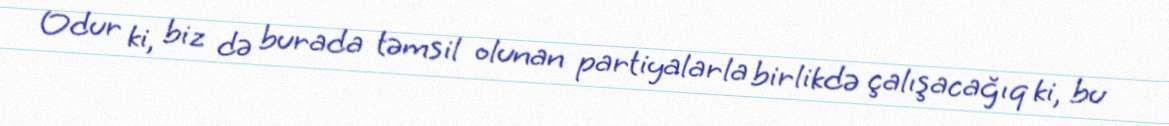
Odur ki, biz də burada təmsil olunan partiyalarla birlikdə çalışacağıq ki, bu